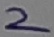
Text: 2